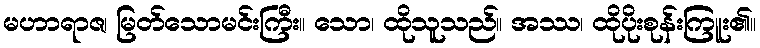
မဟာရာဇ၊ မြတ်သောမင်းကြီး။ သော၊ ထိုသူသည်။ အဿ၊ ထိုပိုးစုန်းကြူး၏။